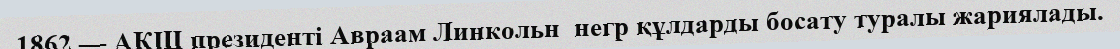
1862 — АҚШ президенті Авраам Линкольн  негр құлдарды босату туралы жариялады.